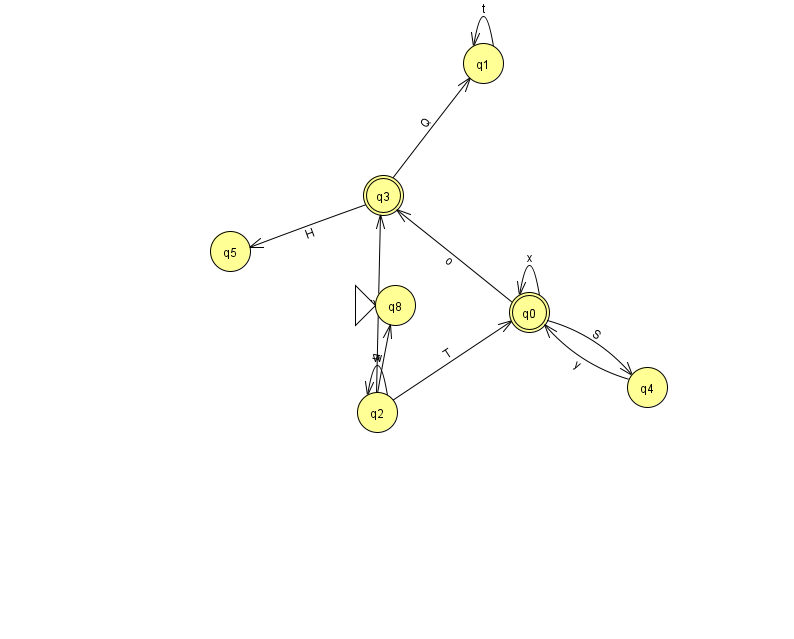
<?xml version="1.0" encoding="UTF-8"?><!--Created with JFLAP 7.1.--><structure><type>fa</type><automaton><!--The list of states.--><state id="0" name="q0"><x>529.0</x><y>299.0</y><final/></state><state id="1" name="q1"><x>483.0</x><y>50.0</y></state><state id="2" name="q2"><x>377.0</x><y>399.0</y></state><state id="3" name="q3"><x>383.0</x><y>182.0</y><final/></state><state id="4" name="q4"><x>647.0</x><y>374.0</y></state><state id="5" name="q5"><x>230.0</x><y>238.0</y></state><state id="8" name="q8"><x>395.0</x><y>292.0</y><initial/></state><!--The list of transitions.--><transition><from>3</from><to>5</to><read>H</read></transition><transition><from>0</from><to>3</to><read>o</read></transition><transition><from>1</from><to>1</to><read>t</read></transition><transition><from>2</from><to>3</to><read>e</read></transition><transition><from>2</from><to>8</to><read>u</read></transition><transition><from>3</from><to>1</to><read>Q</read></transition><transition><from>0</from><to>4</to><read>S</read></transition><transition><from>2</from><to>2</to><read>w</read></transition><transition><from>0</from><to>0</to><read>x</read></transition><transition><from>2</from><to>0</to><read>T</read></transition><transition><from>4</from><to>0</to><read>y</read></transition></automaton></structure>